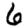
Digit: 6